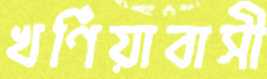
খর্ণিয়াবাসী